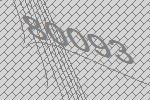
80093